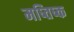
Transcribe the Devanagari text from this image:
मष्तिष्‍क